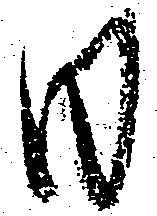
日